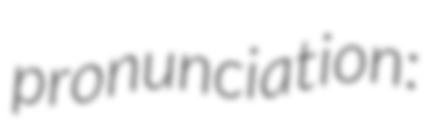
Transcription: pronunciation: